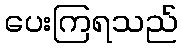
ပေးကြရသည်